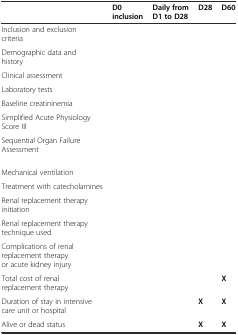
<table><thead><tr><td>[EMPTY_CELL]</td><td><b>D0 inclusion</b></td><td><b>Daily from D1 to D28</b></td><td><b>D28</b></td><td><b>D60</b></td></tr></thead><tbody><tr><td>Inclusion and exclusion criteria</td><td>[EMPTY_CELL]</td><td>[EMPTY_CELL]</td><td>[EMPTY_CELL]</td><td>[EMPTY_CELL]</td></tr><tr><td>Demographic data and history</td><td>[EMPTY_CELL]</td><td>[EMPTY_CELL]</td><td>[EMPTY_CELL]</td><td>[EMPTY_CELL]</td></tr><tr><td>Clinical assessment</td><td>[EMPTY_CELL]</td><td>[EMPTY_CELL]</td><td>[EMPTY_CELL]</td><td>[EMPTY_CELL]</td></tr><tr><td>Laboratory tests</td><td>[EMPTY_CELL]</td><td>[EMPTY_CELL]</td><td>[EMPTY_CELL]</td><td>[EMPTY_CELL]</td></tr><tr><td>Baseline creatininemia</td><td>[EMPTY_CELL]</td><td>[EMPTY_CELL]</td><td>[EMPTY_CELL]</td><td>[EMPTY_CELL]</td></tr><tr><td>Simplified Acute Physiology Score III</td><td>[EMPTY_CELL]</td><td>[EMPTY_CELL]</td><td>[EMPTY_CELL]</td><td>[EMPTY_CELL]</td></tr><tr><td>Sequential Organ Failure Assessment</td><td>[EMPTY_CELL]</td><td>[EMPTY_CELL]</td><td>[EMPTY_CELL]</td><td>[EMPTY_CELL]</td></tr><tr><td>Mechanical ventilation</td><td>[EMPTY_CELL]</td><td>[EMPTY_CELL]</td><td>[EMPTY_CELL]</td><td>[EMPTY_CELL]</td></tr><tr><td>Treatment with catecholamines</td><td>[EMPTY_CELL]</td><td>[EMPTY_CELL]</td><td>[EMPTY_CELL]</td><td>[EMPTY_CELL]</td></tr><tr><td>Renal replacement therapy initiation</td><td>[EMPTY_CELL]</td><td>[EMPTY_CELL]</td><td>[EMPTY_CELL]</td><td>[EMPTY_CELL]</td></tr><tr><td>Renal replacement therapy technique used</td><td>[EMPTY_CELL]</td><td>[EMPTY_CELL]</td><td>[EMPTY_CELL]</td><td>[EMPTY_CELL]</td></tr><tr><td>Complications of renal replacement therapy or acute kidney injury</td><td>[EMPTY_CELL]</td><td>[EMPTY_CELL]</td><td>[EMPTY_CELL]</td><td>[EMPTY_CELL]</td></tr><tr><td>Total cost of renal replacement therapy</td><td>[EMPTY_CELL]</td><td>[EMPTY_CELL]</td><td>[EMPTY_CELL]</td><td><b>X</b></td></tr><tr><td>Duration of stay in intensive care unit or hospital</td><td>[EMPTY_CELL]</td><td>[EMPTY_CELL]</td><td><b>X</b></td><td><b>X</b></td></tr><tr><td>Alive or dead status</td><td>[EMPTY_CELL]</td><td>[EMPTY_CELL]</td><td><b>X</b></td><td><b>X</b></td></tr></tbody></table>